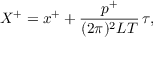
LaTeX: X ^ { + } = x ^ { + } + \frac { p ^ { + } } { ( 2 \pi ) ^ { 2 } L T } \, \tau ,